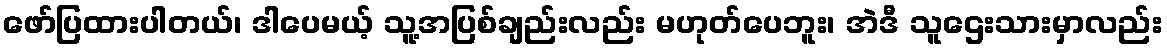
ဖော်ပြထားပါတယ်၊ ဒါပေမယ့် သူ့အပြစ်ချည်းလည်း မဟုတ်ပေဘူး၊ အဲဒီ သူဌေးသားမှာလည်း